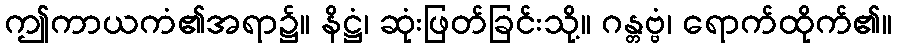
ဤကာယကံ၏အရာ၌။ နိဋ္ဌံ၊ ဆုံးဖြတ်ခြင်းသို့။ ဂန္တဗ္ဗံ၊ ရောက်ထိုက်၏။